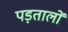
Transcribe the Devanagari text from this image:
पड़तालों